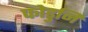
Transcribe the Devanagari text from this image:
फोडुनि